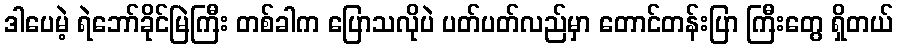
ဒါပေမဲ့ ရဲဘော်ခိုင်မြဲကြီး တစ်ခါက ပြောသလိုပဲ ပတ်ပတ်လည်မှာ တောင်တန်းပြာ ကြီးတွေ ရှိတယ်